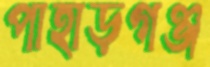
পাহাড়গঞ্জ